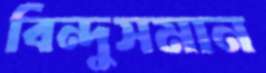
বিন্দুসমান